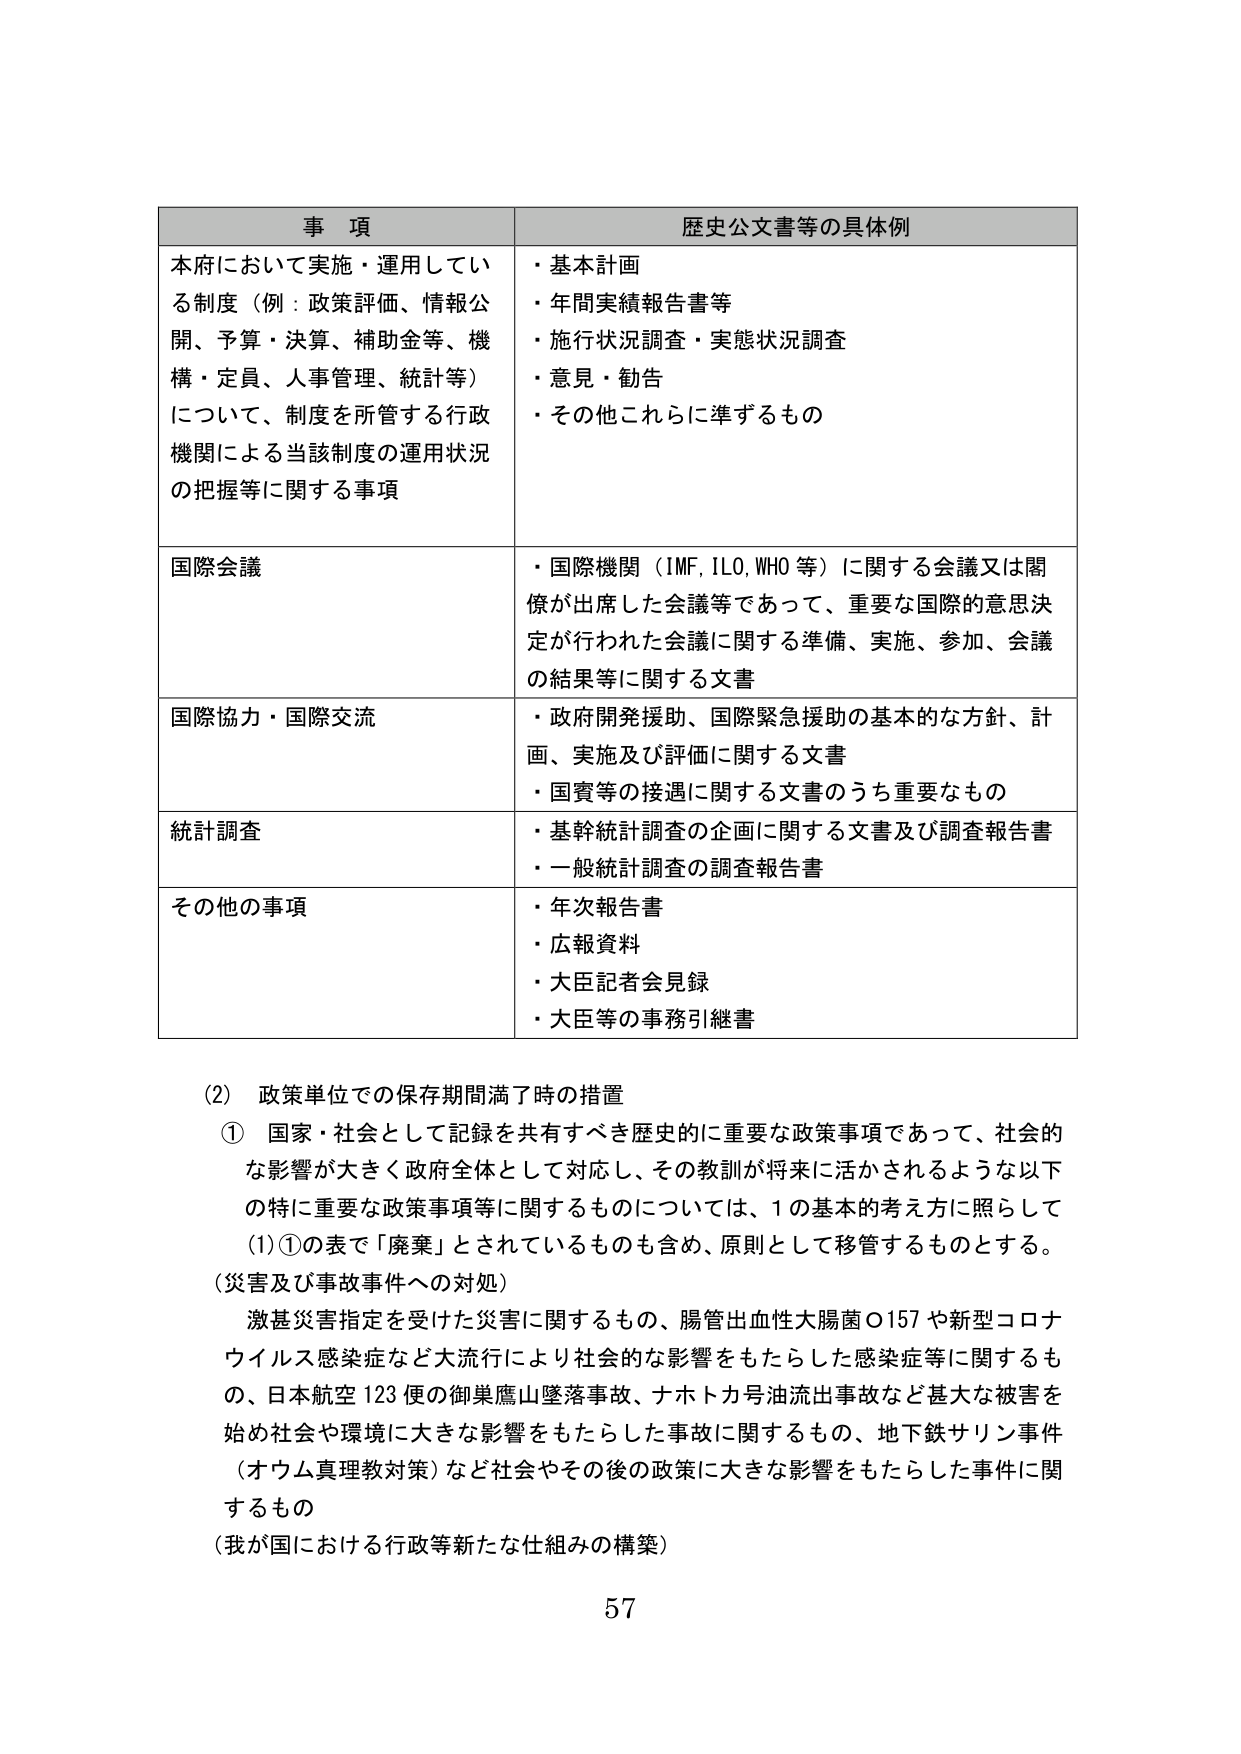
事 項
歴史公文書等の具体例
本府において実施・運用している制度（例：政策評価、情報公開、予算・決算、補助金等、機構・定員、人事管理、統計等）について、制度を所管する行政機関による当該制度の運用状況の把握等に関する事項
・基本計画
・年間実績報告書等
・施行状況調査・実態状況調査
・意見・勧告
・その他これらに準ずるもの
国際会議
・国際機関（IMF, ILO, WHO 等）に関する会議又は関係が出席した会議等であって、重要な国際的意思決定が行われた会議に関する準備、実施、参加、会議の結果等に関する文書
国際協力・国際交流
・政府開発援助、国際緊急援助の基本的な方針、計画、実施及び評価に関する文書
・国賓等の接遇に関する文書のうち重要なもの
統計調査
・基幹統計調査の企画に関する文書及び調査報告書
・一般統計調査の調査報告書
その他の事項
・年次報告書
・広報資料
・大臣記者会見録
・大臣等の事務引継書
(2) 政策単位での保存期間満了時の措置
① 国家・社会として記録を共有すべき歴史的に重要な政策事項であって、社会的な影響が大きく政府全体として対応し、その教訓が将来に活かされるような以下の特に重要な政策事項等に関するものについては、1の基本的考え方依照して(1)①の表で「廃棄」とされているものも含め、原則として移管するものとする。
（災害及び事故事件への対処）
激甚災害指定を受けた災害に関するもの、腸管出血性大腸菌O157や新型コロナウイルス感染症など大流行により社会的な影響をもたらした感染症等に関するもの、日本航空123便の御巣鷹山墜落事故、ナホトカ号油流出事故など甚大な被害を始め社会や環境に大きな影響をもたらした事故に関するもの、地下鉄サリン事件（オウム真理教対策）など社会やその後の政策に大きな影響をもたらした事件に関するもの
（我が国における行政等新たな仕組みの構築）
57